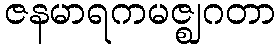
ဇနမာရကမဇ္ဈဂတာ